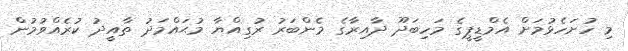
މި ހުށަހެޅުމަށް އެމްޑީޕީގެ މަހިބަދޫ ދާއިރާގެ މެންބަރު ރުގިއްޔާ މުޙައްމަދު ތާއީދު ކުރެއްވުމުން